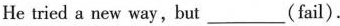
He tried a new way, but ___ (fail).